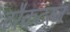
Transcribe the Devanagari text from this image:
टरैकटरज़